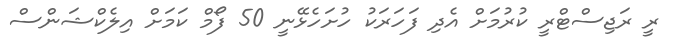
ރީ ރަޖިސްޓްރީ ކުރުމަށް އެދި ފަހަރަކު ހުށަހެޅޭނީ 50 ފޯމް ކަމަށް އިލެކްޝަންސް